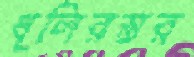
ধূলিরস্তর